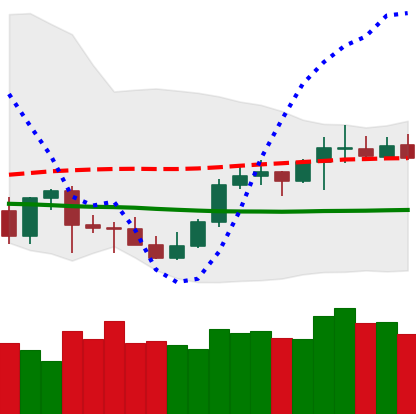
Ticker: LTC-USD
Chart end date: 2021-10-10
Forward return: 7.698%
Label: up_7plus